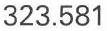
323.581